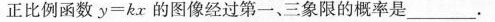
正比例函数$$y=k x$$的图像经过第一、三象限的概率是____